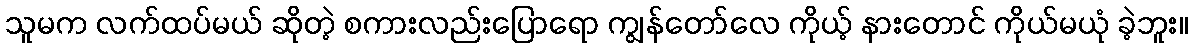
သူမက လက်ထပ်မယ် ဆိုတဲ့ စကားလည်းပြောရော ကျွန်တော်လေ ကိုယ့် နားတောင် ကိုယ်မယုံ ခဲ့ဘူး။